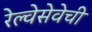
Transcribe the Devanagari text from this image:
रेल्वेसेवेची